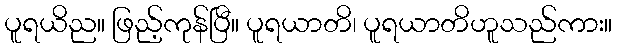
ပူရယိည။ ဖြည့်ကုန်ပြီ။ ပူရယာတိ၊ ပူရယာတိဟူသည်ကား။